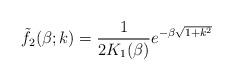
LaTeX: \begin{align*}\tilde{f}_{2}(\beta; k) = \frac{1}{2K_{1}(\beta)} e^{- \beta \sqrt{1+k^{2}}}\end{align*}